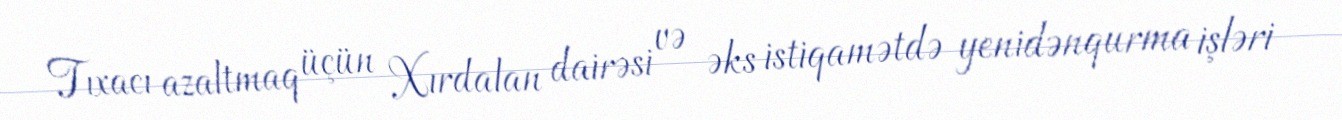
Tıxacı azaltmaq üçün Xırdalan dairəsi və əks istiqamətdə yenidənqurma işləri